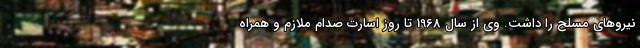
نیروهای مسلح را داشت. وی از سال 1968 تا روز اسارت صدام ملازم و همراه